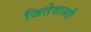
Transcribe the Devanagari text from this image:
जितेदास्ती